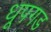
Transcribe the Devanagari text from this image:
धूपगड